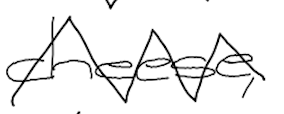
Text: cheese,
Cross-out: zig-zag
Writing tool: digital_black